Civil Veterinary Department. United Provinces 1923-31 - 1923-1931
Year: 1923
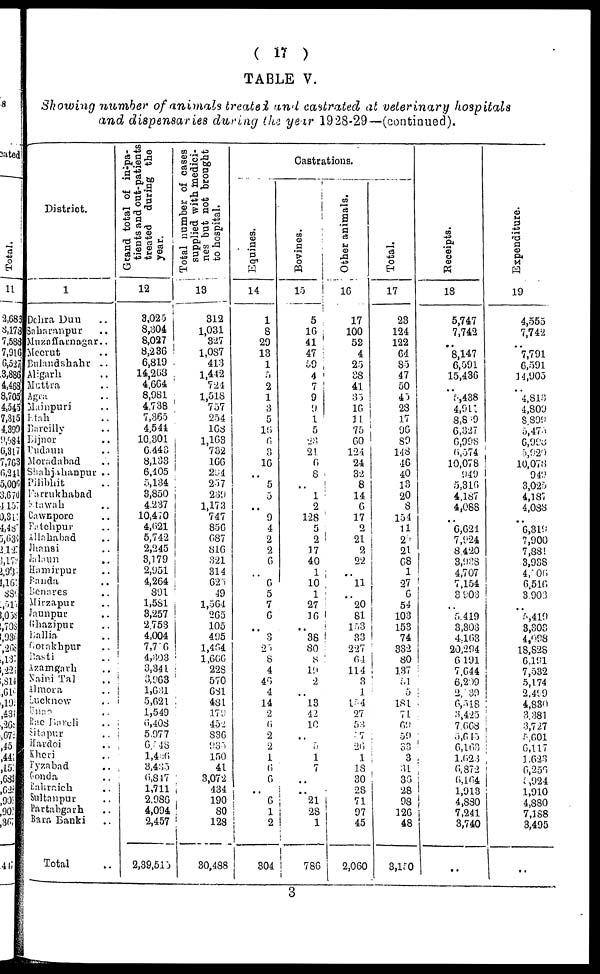
( 17 )
TABLE V.
Showing number of animals treated and castrated at veterinary hospitals
and dispensaries during the year 1928-29—(continued).
District.
1
Dehra Dun ..
Saharanpur ..
Muzaffarnagar ..
Meerut ..
Bulandshahr ..
Aligarh ..
Muttra ..
Agra
Mainpuri ..
Etah ..
Bareilly ..
Bijnor ..
Budaun ..
Moradabad ..
Shahjahanpur ..
Pilibhit ..
Farrukhabad
Etawah ..
Cawnpore ..
Fatehpur ..
Allahabad ..
Jhnnsi ..
Jalaun ..
Hamirpur ..
Panda .. ..
Benares ..
Mirzapur ..
Jaunpur ..
Ghazipur ..
Ballia ..
Gorakhpur ..
Basti ..
Azamgarh ..
Naini Tal ..
Almora ..
Lucknow ..
Unao ..
Rae Bareli ..
Sitapur ..
Hardoi ..
Kheri ..
Fyzabad ..
Gonda ..
Bahraich ..
Sultanpur ..
Partabgarh ..
Bara Banki ..
Total ..
Grand
total of in-pa-
tients and out-patients
treated during the
year.
12
3,025
8,304
8,027
8,236
6,819
14,268
4,664
8,981
4,738
7,365
4,544
10,301
6,443
8,133
6,405
5,134
3,850
4,237
10,470
4,621
5,742
2,245
3,179
2,951
4,264
891
1,581
3,257
2.753
4,004
7,7 6
4,303
3,341
3,963
1,631
5,621
1,549
6,408
5,977
6,548
l,406
3,435
6,847
1,711
2,986
4,094
2,457
2,39,515
Total number of cases
supplied with medici-
nes but not brought
to hospital.
13
312
1,031
327
1,037
413
1,442
724
1,518
757
254
163
1,163
732
166
294
257
239
1,173
747
856
687
816
321
314
623
49
1,564.
265
105
495
1,404
1,666
228
570
681
484
179
452
836
935
150
41
3,072
434
190
80
128
30,488
Castrations.
Equines.
14
1
8
29
13
1
5
2
1
3
5
10
6
3
16
..
5
5
..
9
4
2
2
6
..
6
5
7
6
..
3
25
8
4
40
4
14
2
6
2
2
1
6
6
..
6
1
2
304
Bovines.
15
5
16
41
47
59
4
7
9
9
1
5
23
24
6
8
..
1
2
128
5
2
17
40
1
10
1
27
16
..
38
80
8
19
2
..
18
42
10
5
1
7
..
..
21
28
1
786
Other
animals.
16
17
100
52
4
25
38
41
35
10
11
75
60
124
24
32
8
14
6
17
2
21
2
22
..
11
..
20
81
153
33
227
64
114
3
1
154
27
53
7
20
1
18
30
28
71
97
45
2,060
Total.
17
23
124
122
64
85
47
50
45
28
17
96
80
148
46
40
13
20
8
154
11
25
21
68
1
27
6
54
103
153
74
332
80
137
51
5
181
71
69
59
33
3
34
30
28
98
126
48
3,150
Receipts.
18
5,747
7,742
..
8,147
6,591
15,436
..
5,438
4,914
3,889
6,327
6,998
0,574
10,078
949
5,316
4,187
4,088
..
6,624
7,924
8,420
3,938
4,707
7,154
3,903
..
5,419
3,303
4,163
20,294
6,191
7,644
6,209
2,839
6,518
3,425
7,668
5,6 15
6,163
1.023
6,872
6,164
1,913
4,880
7,241
3,740
..
Expenditure.
19
4,555
7,742
..
7,791
6,591
14,905
..
4,813
4,809
8,809
5,473
6,993
5,920
10,078
949
3,025
4,187
4,088
..
6,319
7,900
7,881
3,938
4,506
6,510
3,903
..
5,419
3,303
4,098
18,828
6,191
7,532
5,174
2,499
4,830
3.381
3,727
5,601
6,117
1,623
6,256
5,924
1,910
4,880
7,188
3,495
..
3